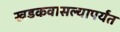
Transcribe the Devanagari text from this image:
खडकवासल्यापर्यंत